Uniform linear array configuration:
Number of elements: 16
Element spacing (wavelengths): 0.25
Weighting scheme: cosine
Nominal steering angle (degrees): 0
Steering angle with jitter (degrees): -0.5804
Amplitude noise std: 0.05
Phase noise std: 0.05

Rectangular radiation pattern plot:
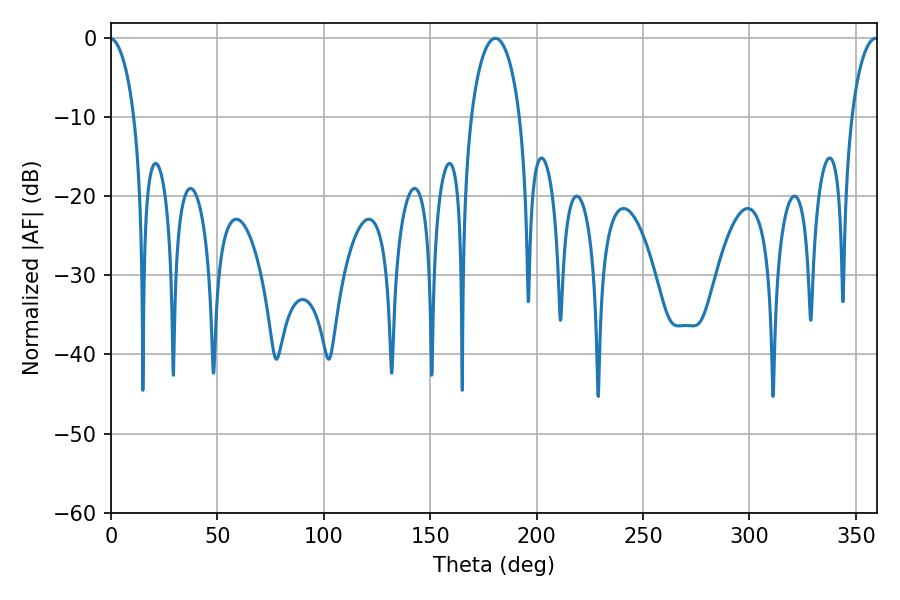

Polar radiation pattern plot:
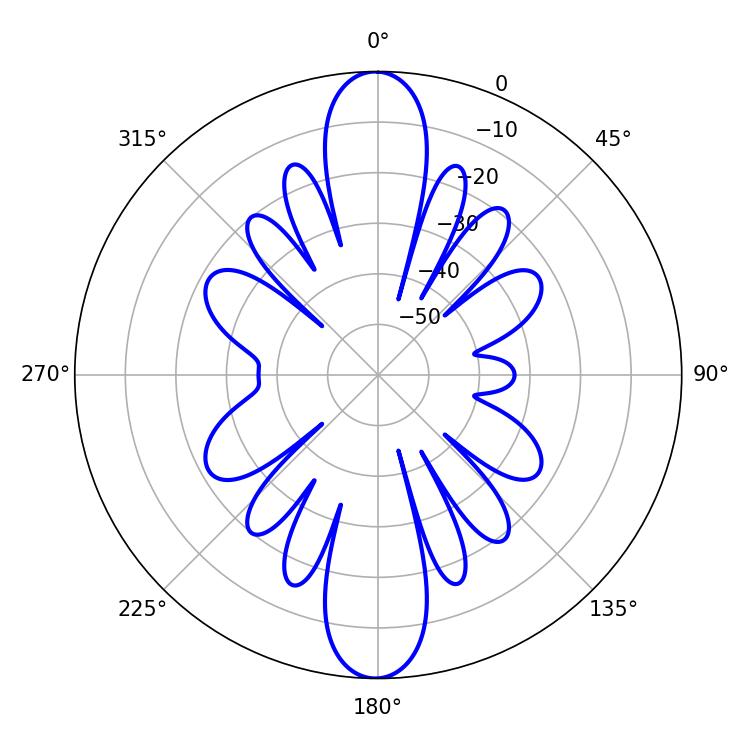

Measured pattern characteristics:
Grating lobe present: FALSE
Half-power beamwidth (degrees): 13.14
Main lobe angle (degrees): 180.54